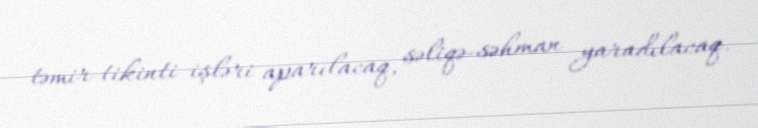
təmir-tikinti işləri aparılacaq, səliqə-səhman yaradılacaq.